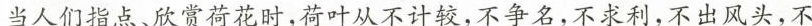
当人们指点、欣赏荷花时，荷叶从不计较，不争名，不求利，不出风头，不